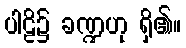
ပါဠိ၌ ခဏ္ဍဟု ရှိ၏။